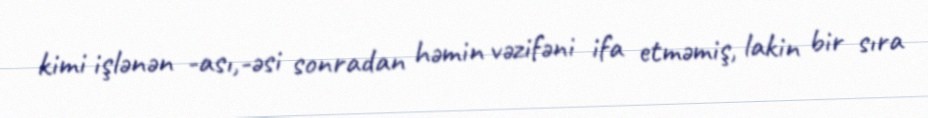
kimi işlənən -ası,-əsi sonradan həmin vəzifəni ifa etməmiş, lakin bir sıra